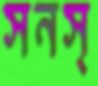
সনস্